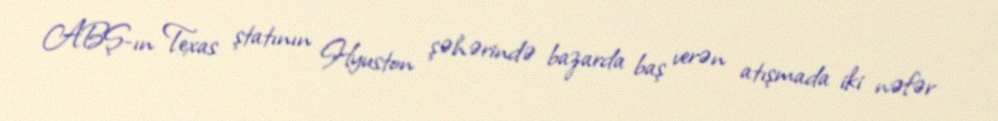
ABŞ-ın Texas ştatının Hyuston şəhərində bazarda baş verən atışmada iki nəfər